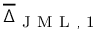
\overline { { \Delta } } _ { \mathrm { ~ J ~ M ~ L ~ , ~ 1 ~ } }